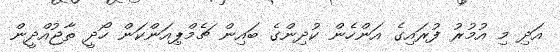
އަދި މި އުމުރު ފުރައިގެ އަންހެން ކުދިންގެ ބައިން ޗެމްޕިއަންކަން ހޯދީ ތާޖުއްދީން